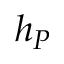
h _ { P }